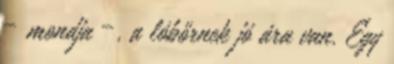
– mondja –, a lóbőrnek jó ára van. Egy